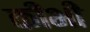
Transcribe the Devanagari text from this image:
कीभी